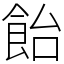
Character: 飴